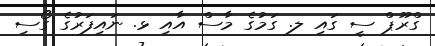
ގްރޫޕް ސީ ގައި ލ. ގަމުގެ މާސް އާއި ޅ. ނައިފަރުގެ ގޯސި